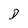
Character: D